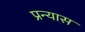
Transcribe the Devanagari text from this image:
प्रन्‍यास